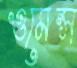
ওমেন্স